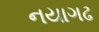
નયાગઢ